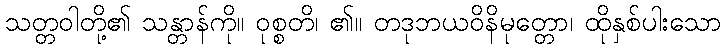
သတ္တဝါတို့၏ သန္တာန်ကို။ ဝုစ္စတိ၊ ၏။ တဒုဘယဝိနိမုတ္တော၊ ထိုနှစ်ပါးသော